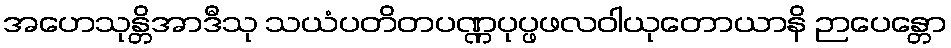
အဟေသုန္တိအာဒီသု သယံပတိတပဏ္ဏပုပ္ဖဖလဝါယုတောယာနိ ဉာပေန္တော